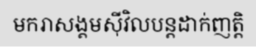
មករាសង្គមស៊ីវិលបន្តដាក់ញត្តិ